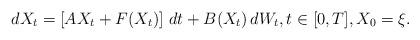
LaTeX: \begin{align*}dX_t= \left[ AX_t + F(X_t) \right] \,dt + B(X_t) \,dW_t, t\in[0,T],X_0=\xi.\end{align*}